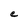
Character: C